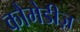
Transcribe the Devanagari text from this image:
कौमेडीज़